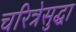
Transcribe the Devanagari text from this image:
चरित्रेसुद्धा